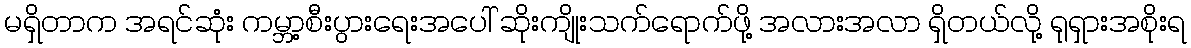
မရှိတာက အရင်ဆုံး ကမ္ဘာ့စီးပွားရေးအပေါ် ဆိုးကျိုးသက်ရောက်ဖို့ အလားအလာ ရှိတယ်လို့ ရုရှားအစိုးရ